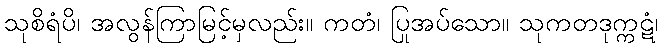
သုစိရံပိ၊ အလွန်ကြာမြင့်မှလည်း။ ကတံ၊ ပြုအပ်သော။ သုကတဒုက္ကဋံ၊